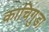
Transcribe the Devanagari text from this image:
काचिगुडा